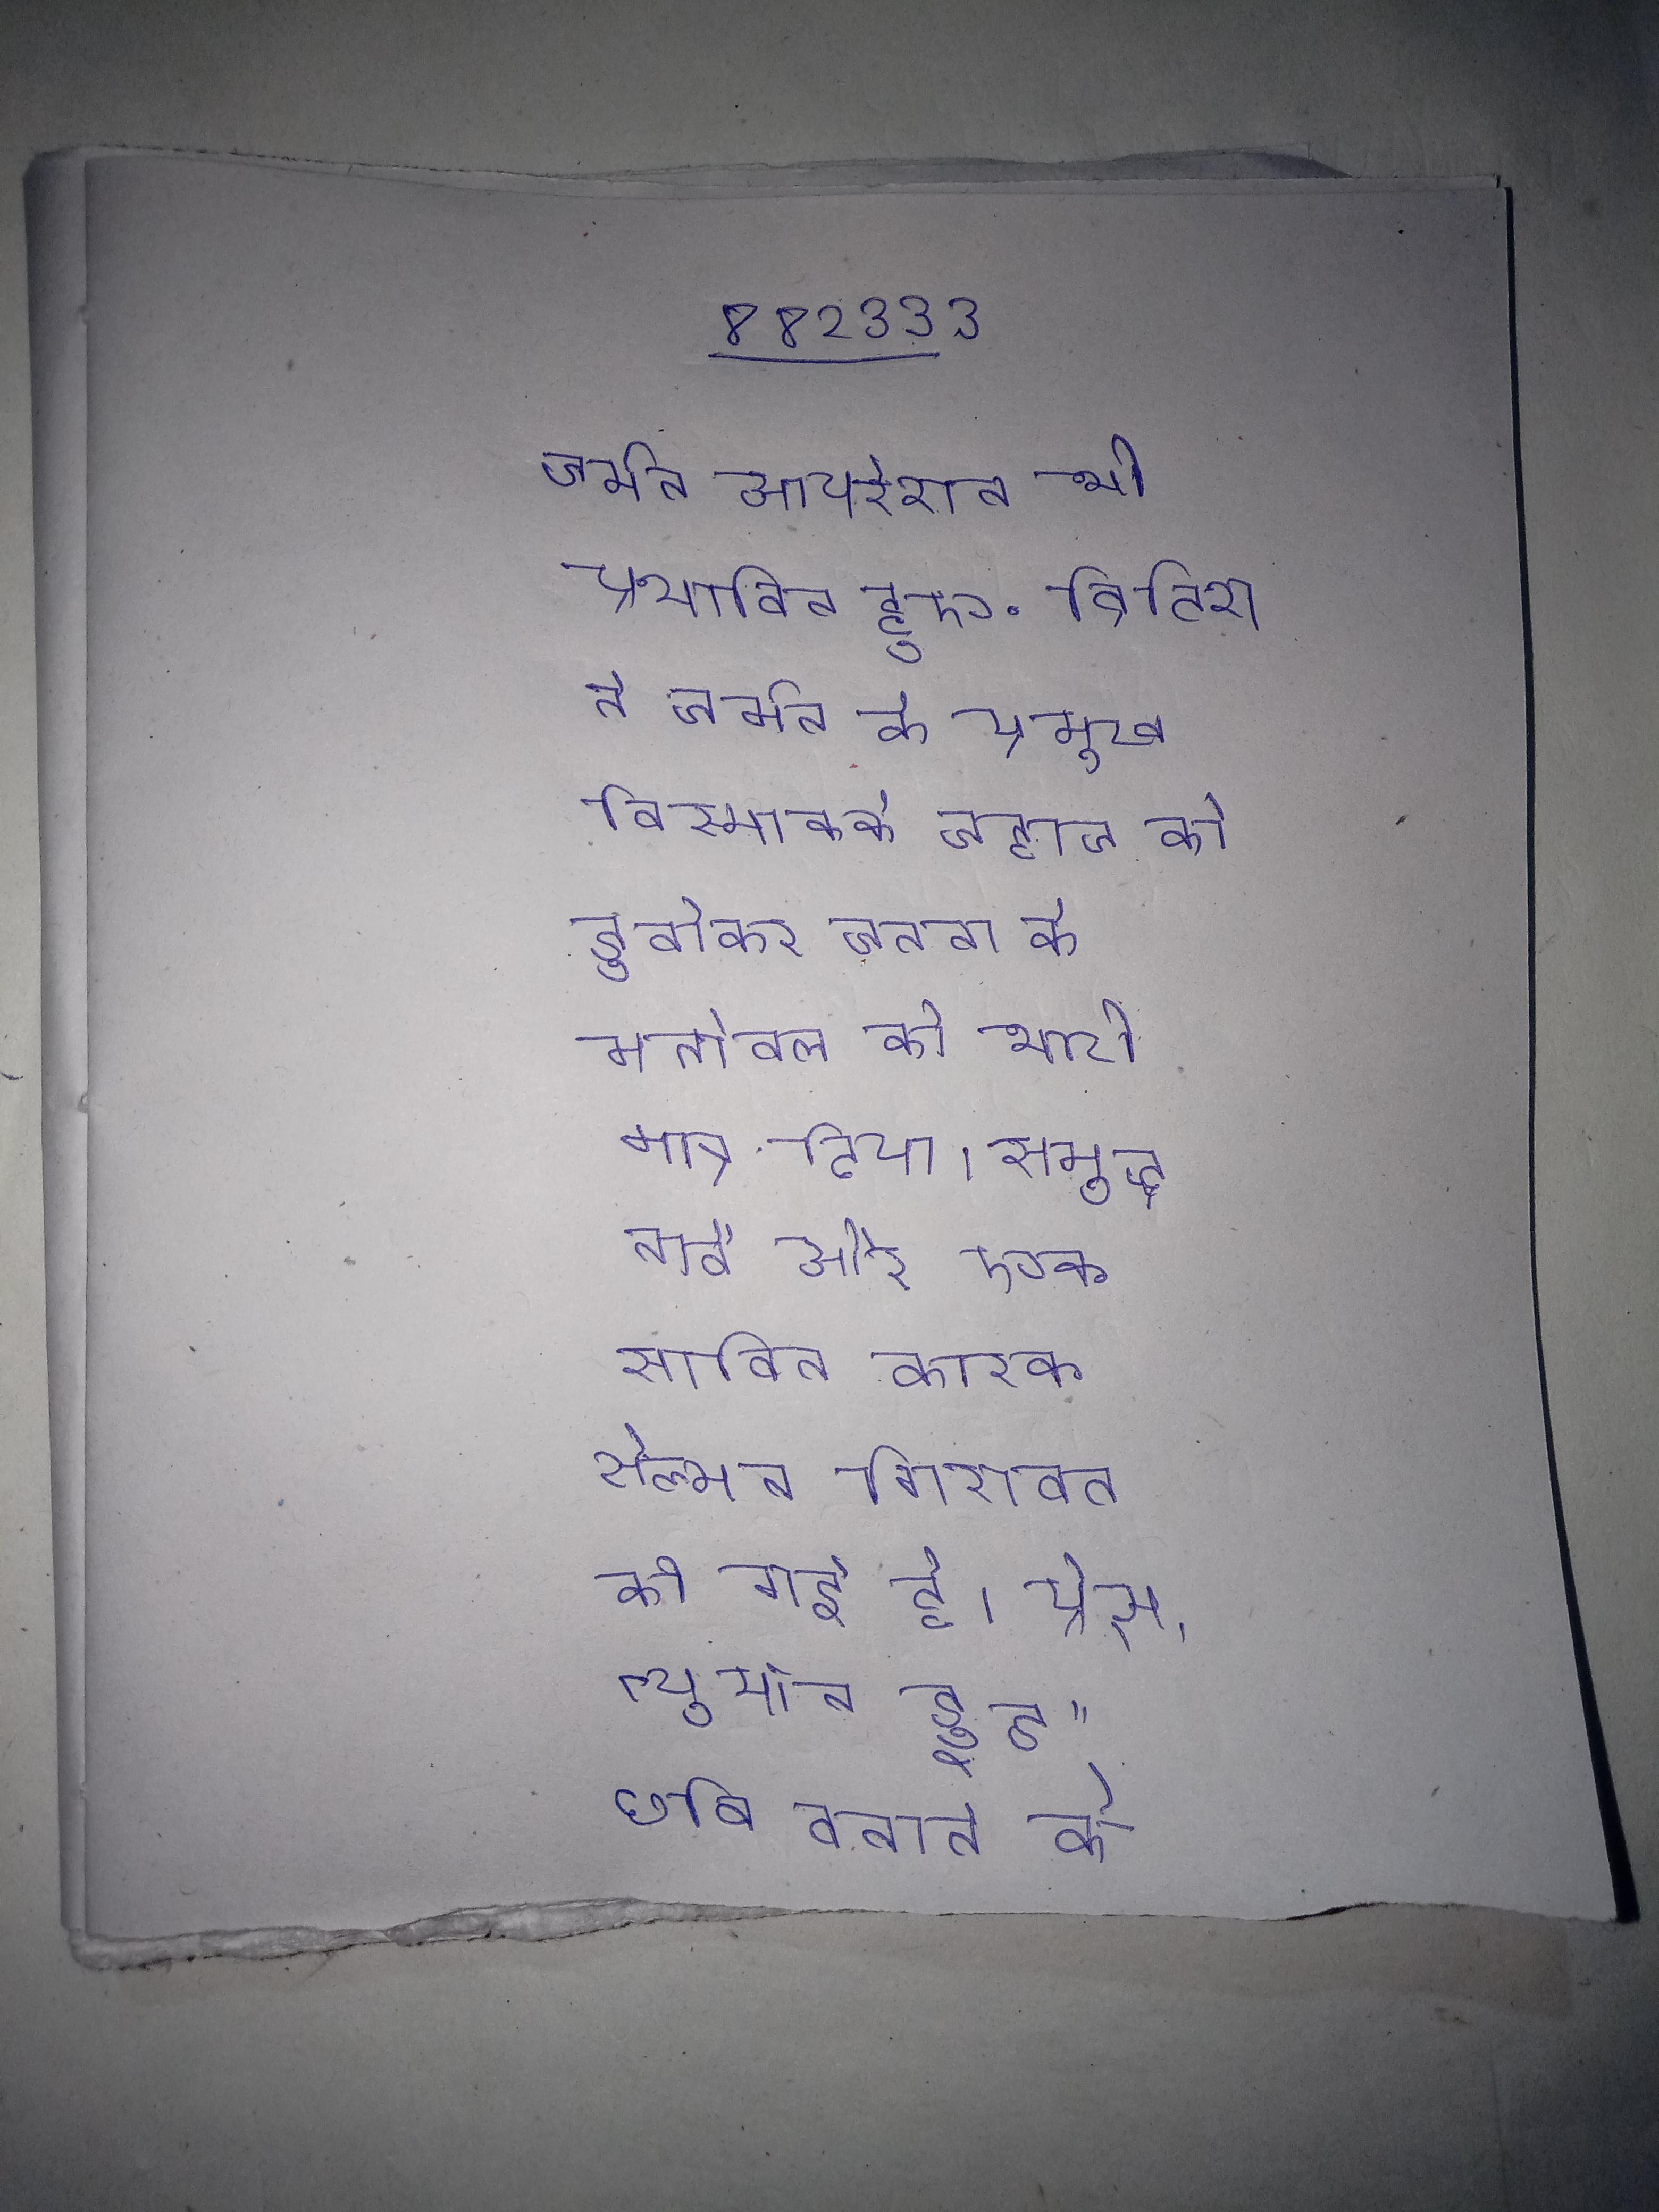
जर्मन आपरेशन भी प्रभावित हुए . ब्रिटिश ने जर्मन के प्रमुख बिस्मार्क्क जहाज को डुबोकर जनता के मनोबल को भारी मात्र दिया । समुद्र नार्वे और एक साबित कारक सैल्मन गिरावट की गई है । प्रेस, न्युयॉर्क उसने अपनी "रॉबिन हूड" छवि बनाने के लिए बहुत मेहनत किया और आवास अन्य सार्वजनिक के माध्यम से के बीच अक्सर धन भी जिसने के बीच उसे उल्लेखनीय लोकप्रियता दिलाई .